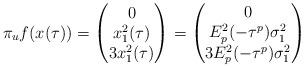
LaTeX: \begin{align*} \pi_uf(x(\tau)) = \begin{pmatrix} 0 \\ x_1^2(\tau) \\ 3 x_1^2 (\tau) \end{pmatrix} = \begin{pmatrix} 0 \\ E_{p}^{2}(-\tau^p)\sigma_1^2 \\ 3 E_{p}^{2}(-\tau^p)\sigma_1^2 \end{pmatrix} \end{align*}